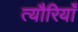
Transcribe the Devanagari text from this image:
त्यौरियाँ